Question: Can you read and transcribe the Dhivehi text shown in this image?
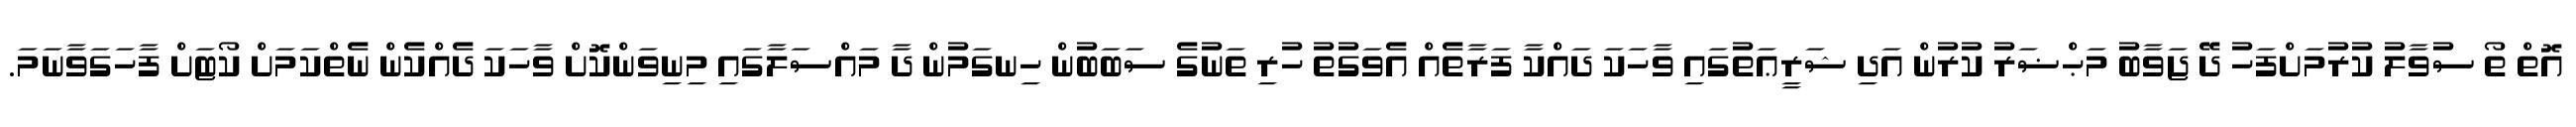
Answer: އޮތް ތޯ ސުވާލު ކުރުމަށްފަހު ދޭ ޖަވާބު މަޙްޟަރު ކުރުން އަދި ޝަރީޢަތުގައި ވާހަކަ ދައްކާ ފަރާތެއް އެވަގުތު ހުރި ތަނުގެ ސަބަބުން ހިނގަމުން ދާ މައްސަލާގައި މިނިވަންކޮށް ވާހަކަ ދެއްކެން ނެތްކަމަށް ކޯޓަށް ފާހަގަވާނަމަ.